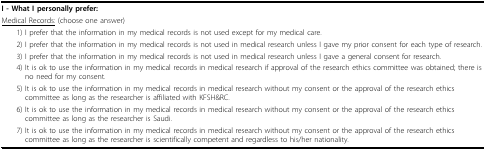
<table><thead><tr><td><b>I - What I personally prefer:<underline>Medical Records:</underline> (choose one answer)</b></td></tr></thead><tbody><tr><td> 1) I prefer that the information in my medical records is not used except for my medical care.</td></tr><tr><td> 2) I prefer that the information in my medical records is not used in medical research unless I gave my prior consent for each type of research.</td></tr><tr><td> 3) I prefer that the information in my medical records is not used in medical research unless I gave a general consent for research.</td></tr><tr><td> 4) It is ok to use the information in my medical records in medical research if approval of the research ethics committee was obtained; there is no need for my consent.</td></tr><tr><td> 5) It is ok to use the information in my medical records in medical research without my consent or the approval of the research ethics committee as long as the researcher is affiliated with KFSH&amp;RC.</td></tr><tr><td> 6) It is ok to use the information in my medical records in medical research without my consent or the approval of the research ethics committee as long as the researcher is Saudi.</td></tr><tr><td> 7) It is ok to use the information in my medical records in medical research without my consent or the approval of the research ethics committee as long as the researcher is scientifically competent and regardless to his/her nationality.</td></tr></tbody></table>